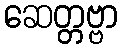
ဆေတ္တဗ္ဗာ